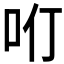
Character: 𠯼